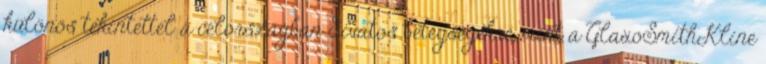
különös tekintettel a célországban divatos betegségekre, mint a GlaxoSmithKline